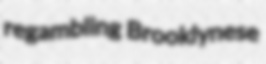
regambling Brooklynese